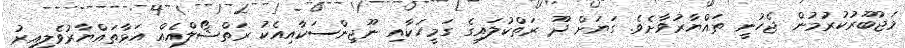
މަޖުބޫރުކުރުމުން ޖެހުނީ ތައްޔާރުވާށެވެ. ގަޔަށް ދޫ ރަތްކުލައިގެ ގަމީހަކާއި ނޫޖިންސަކާއިއެކު ރަތްޝޯލްއެއް އަޅާތައްޔާރުވެލިއިރު